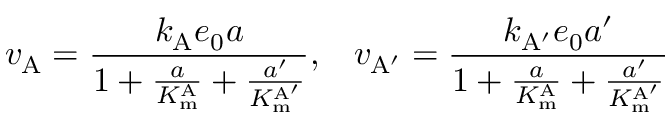
v _ { \mathrm { A } } = { \frac { k _ { \mathrm { A } } e _ { 0 } a } { 1 + { \frac { a } { K _ { \mathrm { m } } ^ { \mathrm { A } } } } + { \frac { a ^ { \prime } } { K _ { \mathrm { m } } ^ { \mathrm { A ^ { \prime } } } } } } } , \; \; \; v _ { \mathrm { A ^ { \prime } } } = { \frac { k _ { \mathrm { A ^ { \prime } } } e _ { 0 } a ^ { \prime } } { 1 + { \frac { a } { K _ { \mathrm { m } } ^ { \mathrm { A } } } } + { \frac { a ^ { \prime } } { K _ { \mathrm { m } } ^ { \mathrm { A ^ { \prime } } } } } } }